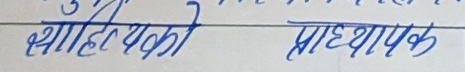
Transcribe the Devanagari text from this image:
सहायकको प्राध्यापक